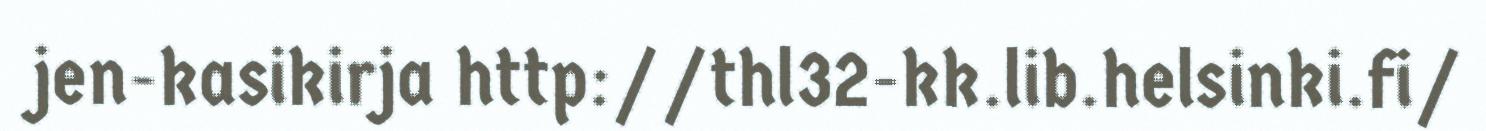
jen-kasikirja http://thl32-kk.lib.helsinki.fi/